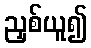
ညှစ်ယူ၍